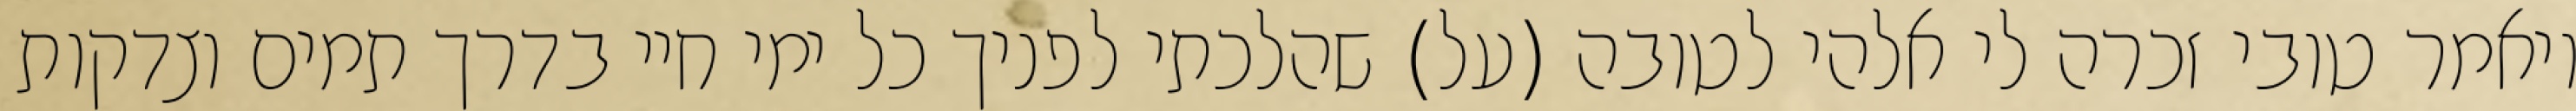
ויאמר טובי זכרה לי אלהי לטובה (על) שהלכתי לפניך כל ימי חיי בדרך תמים וצדקות